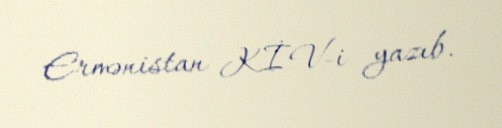
Ermənistan KİV-i yazıb.